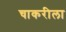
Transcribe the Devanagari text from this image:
चाकरीला